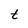
Character: t